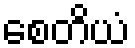
စေတိယံ